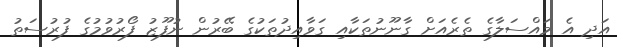
އަދި އެ މައްސަލާގެ ތެރެއަށް ގާނޫނުތަކާއި ގަވާއިދުތަކުގެ ބޭރުން ނުފޫޒު ފޯރުވުމުގެ ފުރުސަތު